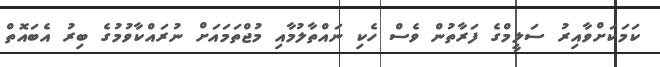
ކަމަކަށްވާއިރު ސަލީމްގެ ފަރާތުން ވެސް ހެކި ނައްތާލުމާއި މުޖްތަމައަށް ނުރައްކާވުމުގެ ބިރު އެބައޮތް